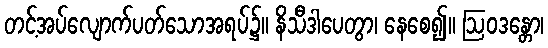
တင့်အပ်လျောက်ပတ်သောအရပ်၌။ နိသီဒါပေတွာ၊ နေစေ၍။ ဩဝဒန္တော၊